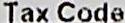
TAX CODE